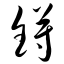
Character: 锝